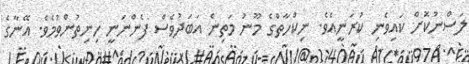
ލަސްނުކޮށް ކައިވެނި ކުރަނީއެވެ. ނިކްހާތްގެ މޫނު މަތިން އަބަދުވެސް ފެންނަނީ ހިނިތުންވުމެވެ. އޭނާގެ